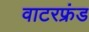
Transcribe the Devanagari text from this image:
वाटरफ्रंड